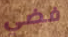
فضي